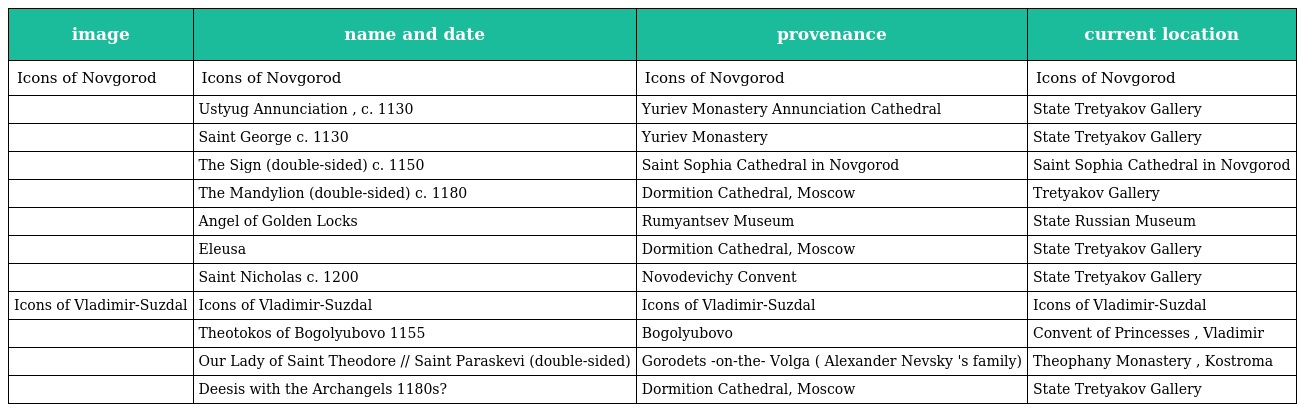
| image | name and date | provenance | current location |
 | --- | --- | --- | --- |
 | Icons of Novgorod | Icons of Novgorod | Icons of Novgorod | Icons of Novgorod |
 |  | Ustyug Annunciation , c. 1130 | Yuriev Monastery Annunciation Cathedral | State Tretyakov Gallery |
 |  | Saint George c. 1130 | Yuriev Monastery | State Tretyakov Gallery |
 |  | The Sign (double-sided) c. 1150 | Saint Sophia Cathedral in Novgorod | Saint Sophia Cathedral in Novgorod |
 |  | The Mandylion (double-sided) c. 1180 | Dormition Cathedral, Moscow | Tretyakov Gallery |
 |  | Angel of Golden Locks | Rumyantsev Museum | State Russian Museum |
 |  | Eleusa | Dormition Cathedral, Moscow | State Tretyakov Gallery |
 |  | Saint Nicholas c. 1200 | Novodevichy Convent | State Tretyakov Gallery |
 | Icons of Vladimir-Suzdal | Icons of Vladimir-Suzdal | Icons of Vladimir-Suzdal | Icons of Vladimir-Suzdal |
 |  | Theotokos of Bogolyubovo 1155 | Bogolyubovo | Convent of Princesses , Vladimir |
 |  | Our Lady of Saint Theodore // Saint Paraskevi (double-sided) | Gorodets -on-the- Volga ( Alexander Nevsky 's family) | Theophany Monastery , Kostroma |
 |  | Deesis with the Archangels 1180s? | Dormition Cathedral, Moscow | State Tretyakov Gallery |